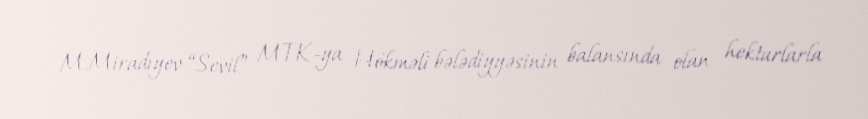
M.Miradıyev “Sevil” MTK-ya Hökməli bələdiyyəsinin balansında olan hektarlarla